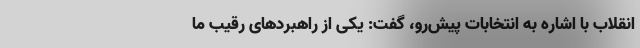
انقلاب با اشاره به انتخابات پیش‌رو، گفت: یکی از راهبردهای رقیب ما